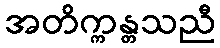
အတိက္ကန္တသညီ